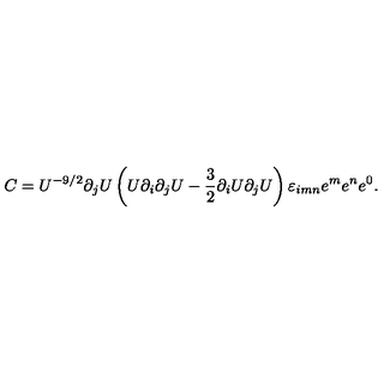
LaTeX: C = U ^ { - 9 / 2 } \partial _ { j } U \left( U \partial _ { i } \partial _ { j } U - { \frac { 3 } { 2 } } \partial _ { i } U \partial _ { j } U \right) \varepsilon _ { i m n } e ^ { m } e ^ { n } e ^ { 0 } .